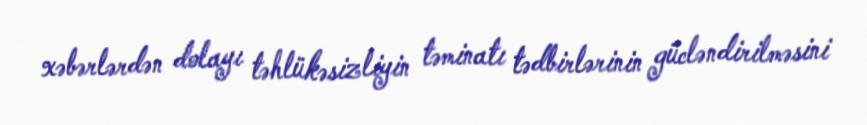
xəbərlərdən dolayı təhlükəsizliyin təminatı tədbirlərinin gücləndirilməsini